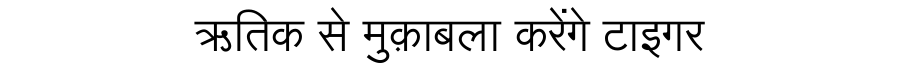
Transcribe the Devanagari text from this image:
ऋतिक से मुक़ाबला करेंगे टाइगर